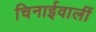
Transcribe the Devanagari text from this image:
चिनाईवालीं